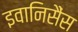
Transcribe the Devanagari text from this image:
इवानिसैंस